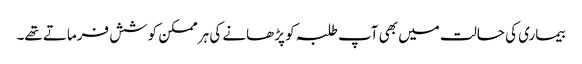
بیماری کی حالت میں بھی آپ طلبہ کو پڑھانے کی ہر ممکن کوشش فرماتے تھے۔